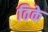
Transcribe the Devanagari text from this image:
ठिके